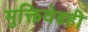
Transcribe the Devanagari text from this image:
मुक्तिवेडही